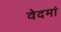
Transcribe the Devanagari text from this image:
वेदमां